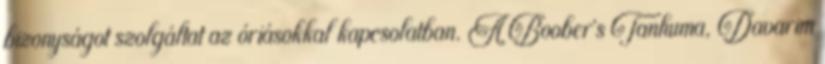
bizonyságot szolgáltat az óriásokkal kapcsolatban. A Boober’s Tanhuma, Davarim